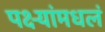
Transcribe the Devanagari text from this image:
पक्ष्यांमधलं